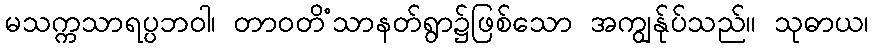
မသက္ကသာရပ္ပဘဝါ၊ တာဝတိံသာနတ်ရွာ၌ဖြစ်သော အကျွန်ုပ်သည်။ သုဓာယ၊